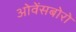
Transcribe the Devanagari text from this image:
ओवेंसबोरो